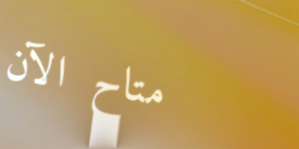
متاح الآن